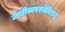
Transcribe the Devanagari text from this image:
जातीव्यवस्थेविरुद्ध